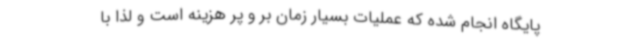
پایگاه انجام شده که عملیات بسیار زمان بر و پر هزینه است و لذا با